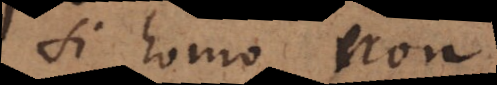
si homo non